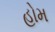
હોમ